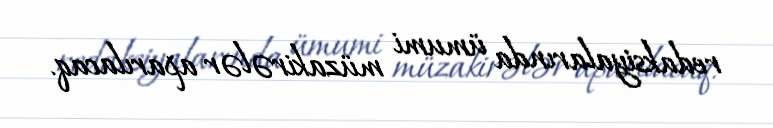
redaksiyalarında ümumi müzakirələr aparılacaq.